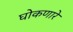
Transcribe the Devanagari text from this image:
घोकणारे